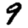
Digit: 9